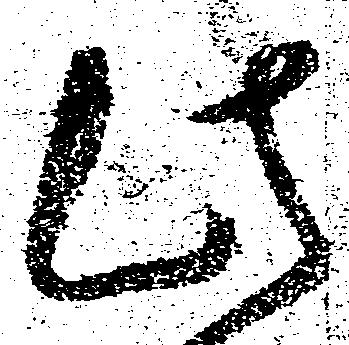
此